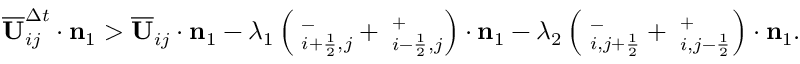
\begin{array} { r } { \overline { { \mathbf { U } } } _ { i j } ^ { \Delta t } \cdot \mathbf { n } _ { 1 } > \overline { { \mathbf { U } } } _ { i j } \cdot { \bf n } _ { 1 } - \lambda _ { 1 } \left( { \bf \Pi } _ { i + \frac { 1 } { 2 } , j } ^ { - } + { \bf \Pi } _ { i - \frac { 1 } { 2 } , j } ^ { + } \right) \cdot { \bf n } _ { 1 } - \lambda _ { 2 } \left( { \bf \Pi } _ { i , j + \frac { 1 } { 2 } } ^ { - } + { \bf \Pi } _ { i , j - \frac { 1 } { 2 } } ^ { + } \right) \cdot { \bf n } _ { 1 } . } \end{array}